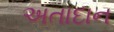
અતાદાન